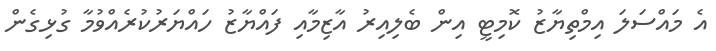
އެ މައްސަލަ އިމްތިޔާޒު ކޮމިޓީ އިން ބެލިއިރު އާޒިމާއި ފައްޔާޒު ހައްޔަރުކުރެއްވުމާ ގުޅިގެން